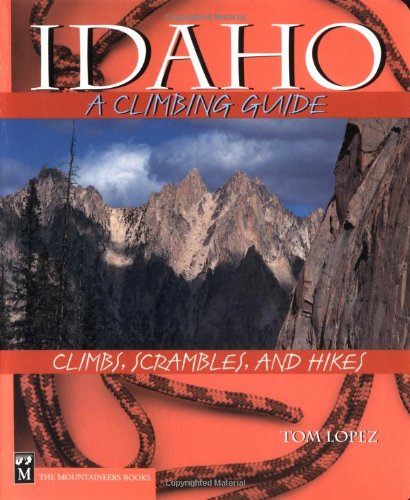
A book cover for Idaho, a Climbing Guide: Climbs, Scrambles, and Hikes (Climbing Guides); Tom Lopez; Sports & Outdoors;